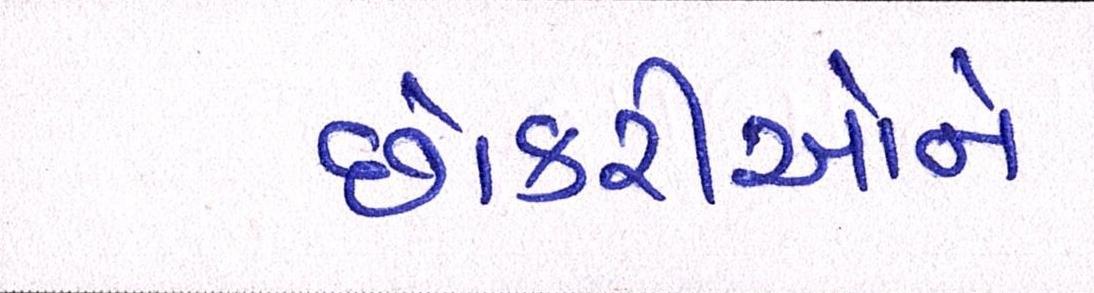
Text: છોકરીઓને